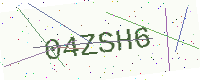
Text: 04ZSH6